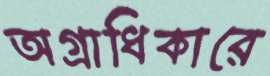
অগ্রাধিকারে